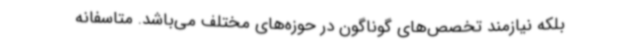
بلکه نیازمند تخصص‌های گوناگون در حوزه‌های مختلف می‌باشد. متاسفانه